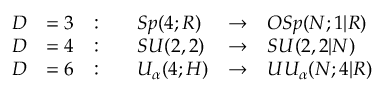
\begin{array} { l l l l l l } { { \displaystyle D } } & { { = 3 } } & { { : \quad } } & { { S p ( 4 ; R ) } } & { { \to } } & { { O S p ( N ; 1 | R ) } } \\ { { \displaystyle D } } & { { = 4 } } & { { : \quad } } & { { S U ( 2 , 2 ) } } & { { \to } } & { { S U ( 2 , 2 | N ) } } \\ { { \displaystyle D } } & { { = 6 } } & { { : \quad } } & { { U _ { \alpha } ( 4 ; H ) } } & { { \to } } & { { U U _ { \alpha } ( N ; 4 | R ) } } \end{array}